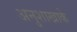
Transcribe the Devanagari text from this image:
अनुशाखाके